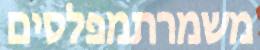
משמרתמפלסים